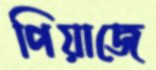
পিয়াজে